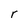
Character: r